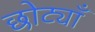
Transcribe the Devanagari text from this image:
छोट्याँ